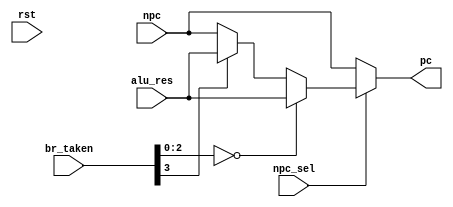
`timescale 1ns/1ps

module PC_MUX(
    input rst,
    input [63:0] npc,
    input [63:0] alu_res,
    input npc_sel,
    input [3:0] br_taken,

    output reg [63:0] pc
);
    always @(*)begin
        if(npc_sel) begin
            if(br_taken[2:0] == 0) pc = alu_res;    //J-type
            else if(br_taken[3] == 1) pc = alu_res; //B-type
            else pc = npc;                        //B-type
        end
        else pc = npc;
    end
 
endmodule